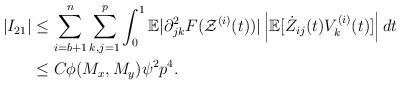
LaTeX: \begin{align*}|I_{21}| & \leq \sum_{i=b+1}^n \sum_{k,j=1}^p \int_{0}^1 \mathbb{E}|\partial^2_{jk}F(\mathcal{Z}^{(i)}(t))| \left| \mathbb{E}[\dot{Z}_{ij}(t)V_k^{(i)}(t)] \right|dt \\& \leq C \phi(M_x, M_y) \psi^2 p^4. \end{align*}